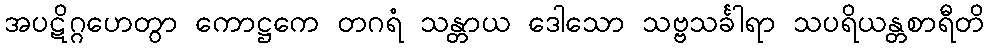
အပဋိဂ္ဂဟေတွာ ကောဋ္ဌကေ တဂရံ သန္တာယ ဒေါသော သဗ္ဗသင်္ခါရာ သပရိယန္တစာရီတိ